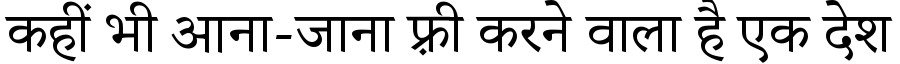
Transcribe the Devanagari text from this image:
कहीं भी आना-जाना फ़्री करने वाला है एक देश